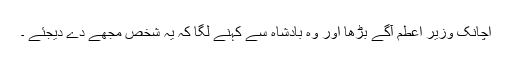
اچانک وزیر اعطم آگے بڑھا اور وہ بادشاہ سے کہنے لگا کہ یہ شخص مجھے دے دیجئے ۔